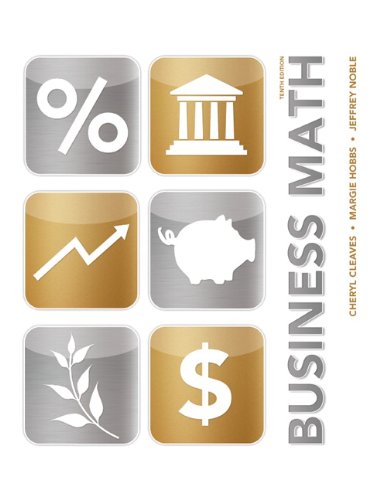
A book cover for Business Math Plus NEW MyMathLab with Pearson eText -- Access Card Package (10th Edition); Cheryl Cleaves; Business & Money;